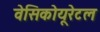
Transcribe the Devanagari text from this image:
वेसिकोयूरेटल